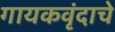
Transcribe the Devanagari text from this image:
गायकवृंदाचे